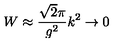
W \approx \frac { \sqrt { 2 } \pi } { g ^ { 2 } } k ^ { 2 } \rightarrow 0